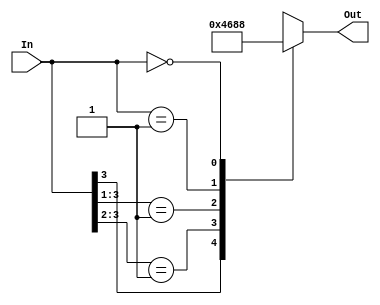
/********************************************
**          4 Bit Priority Encoder 
********************************************/




// Method 1 using if statement
//module PriorityEncoder(input [3:0] In,
//                       output reg[2:0] Out);
//			
//   always @*
//	begin 
//	if(In[3] == 1'b1)
//	    Out = 3'b100;
//	else if(In[2] == 1'b1)
//	    Out = 3'b011;
//	else if(In[1] == 1'b1)
//	    Out = 3'b010;
//	else if(In[0] == 1'b1)
//	    Out = 3'b001;
//	else 
//	    Out = 3'b000;
//	end			
//endmodule


// Method 2 using case 
/*
module PriorityEncoder(input [3:0] In,
                       output reg[2:0] Out);
		
	always @*	
   case(In)
		4'b1000,4'b1001,4'b1010,4'b1011,
		4'b1100,4'b1101,4'b1110,4'b1111:
		Out = 3'b100;
		
		4'b0100,4'b0101,4'b0110,4'b0111:
		Out = 3'b011;
		
		4'b0011,4'b0010:
		Out = 3'b010;
		
		4'b0001:
		Out = 3'b001;
		
		4'b0000:
		Out = 3'b000;
	endcase		
endmodule
*/

//Method 3 using casez
module PriorityEncoder(input [3:0] In,
                       output reg[2:0] Out);
							  
	always @*
	casez(In)
	4'b1???: Out = 3'b100;
	4'b01??: Out = 3'b011;
	4'b001?: Out = 3'b010;
	4'b0001: Out = 3'b001;
	4'b0000: Out = 3'b000;
	
	
	endcase
	
							  
endmodule